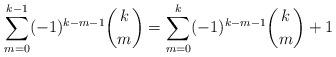
LaTeX: \begin{align*}\displaystyle \sum_{m=0}^{k-1} (-1)^{k-m-1} \binom{k}{m}&=\displaystyle \sum_{m=0}^{k} (-1)^{k-m-1} \binom{k}{m}+1\\\end{align*}